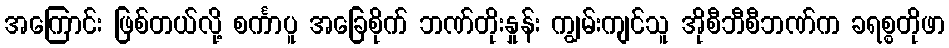
အကြောင်း ဖြစ်တယ်လို့ စင်္ကာပူ အခြေစိုက် ဘဏ်တိုးနှုန်း ကျွမ်းကျင်သူ အိုစီဘီစီဘဏ်က ခရစ္စတိုဖာ